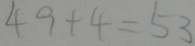
4 9 + 4 = 5 3